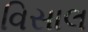
વિસાલ